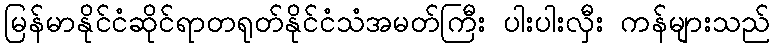
မြန်မာနိုင်ငံဆိုင်ရာတရုတ်နိုင်ငံသံအမတ်ကြီး ပါးပါးလှီး ကန်များသည်